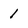
Character: 1